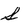
Character: S